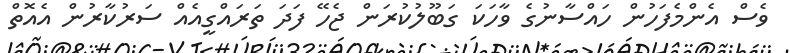
ވެސް އެންމެފަހުން ހައްސާނުގެ ވާހަކަ ގަބޫލުކުރަން ޖެހޭ ފަދަ ތަރައްގީއެއް ސަރުކާރުން އެއޮތް